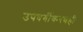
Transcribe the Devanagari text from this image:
उपवर्गीकरणही